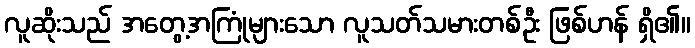
လူဆိုးသည် အတွေ့အကြုံများသော လူသတ်သမားတစ်ဦး ဖြစ်ဟန် ရှိ၏။